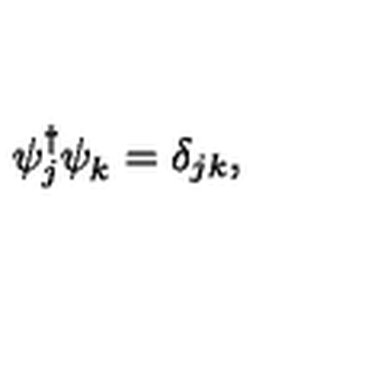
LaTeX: \psi _ { j } ^ { \dagger } \psi _ { k } ^ { } = \delta _ { j k } ,